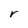
Character: r